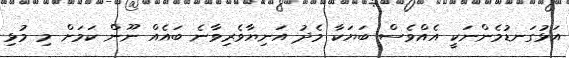
އަޅުގަނޑުމެންނަކީ އެއްވެސް ބަޔަކާ މެދު އަނިޔާވެރިވާނެ ބައެއް ނޫން ކަމަށް މި މުޅި